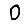
Digit: 0